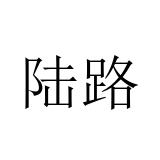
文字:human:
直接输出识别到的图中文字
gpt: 陆路